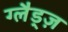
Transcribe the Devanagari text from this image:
ग्लैड्ज़